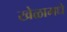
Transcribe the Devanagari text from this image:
खेळामधे